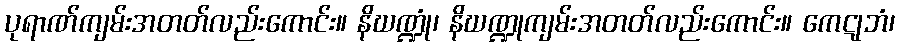
ပုရာဏ်ကျမ်းအတတ်လည်းကောင်း။ နိဃဏ္ဍုံ၊ နိဃဏ္ဍုကျမ်းအတတ်လည်းကောင်း။ ကေဋုဘံ၊